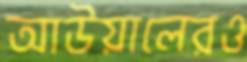
আউয়ালেরও